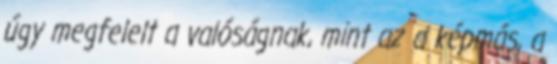
úgy megfelelt a valóságnak, mint az a képmás, a